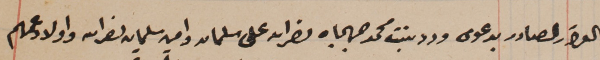
القرار الصادر بدعوى ورد بنت محمد جهجاه نصرالله على سليمان وامين سليمان نصرالله واولاد عمهم